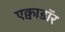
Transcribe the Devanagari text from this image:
एक्वाडॉर